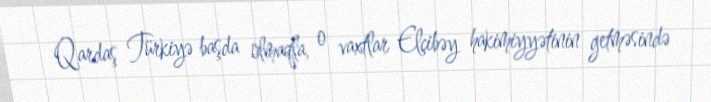
Qardaş Türkiyə başda olmaqla, o vaxtlar Elçibəy hakimiyyətinin getməsində